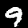
Digit: 9